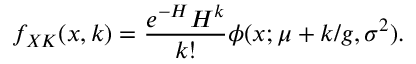
f _ { X K } ( x , k ) = \frac { e ^ { - H } H ^ { k } } { k ! } \phi ( x ; \mu + k / g , \sigma ^ { 2 } ) .